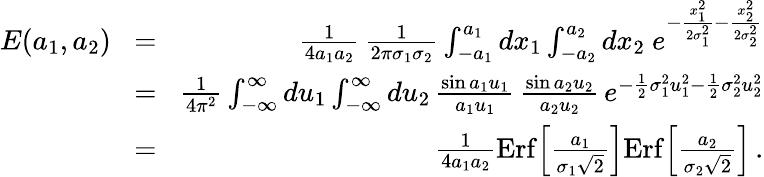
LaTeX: \begin{array}{rlr}{E(a_{1},a_{2})}&{\! =\! }&{{\frac{1}{4a_{1}a_{2}}}\, {\frac{1}{2\pi\sigma_{1}\sigma_{2}}}\int_{-a_{1}}^{a_{1}}dx_{1}\int_{-a_{2}}^{a_{2}}dx_{2}\ e^{-{\frac{x_{1}^{2}}{2\sigma_{1}^{2}}}-{\frac{x_{2}^{2}}{2\sigma_{2}^{2}}}}}\\ &{\! =\! }&{{\frac{1}{4\pi^{2}}}\int_{-\infty}^{\infty}du_{1}\int_{-\infty}^{\infty}du_{2}\, {\frac{\sin a_{1}u_{1}}{a_{1}u_{1}}}\, {\frac{\sin a_{2}u_{2}}{a_{2}u_{2}}}\, e^{-{\frac{1}{2}}\sigma_{1}^{2}u_{1}^{2}-{\frac{1}{2}}\sigma_{2}^{2}u_{2}^{2}}}\\ &{\! =\! }&{{\frac{1}{4a_{1}a_{2}}}\mathrm{Erf}\Big[{\frac{a_{1}}{\sigma_{1}\sqrt 2}}\Big]\mathrm{Erf}\Big[{\frac{a_{2}}{\sigma_{2}\sqrt 2}}\Big]\, .}\end{array}